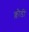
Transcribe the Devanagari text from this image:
क्लौडी